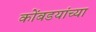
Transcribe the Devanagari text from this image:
कोंबडयांच्या